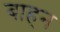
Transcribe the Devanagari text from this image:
बाहन